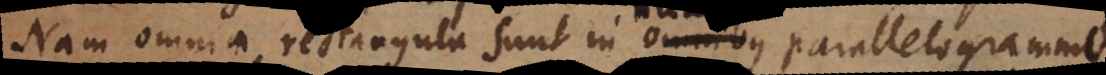
Nam omnia rectangula sunt in omnibus parallelogram